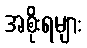
အစိုးရများ